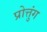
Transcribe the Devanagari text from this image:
प्रोत्तुंग